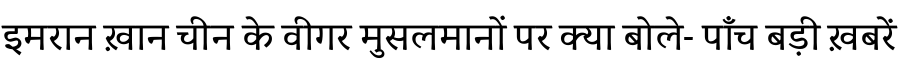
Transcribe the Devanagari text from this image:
इमरान ख़ान चीन के वीगर मुसलमानों पर क्या बोले- पाँच बड़ी ख़बरें